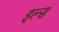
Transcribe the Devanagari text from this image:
इल्स